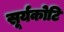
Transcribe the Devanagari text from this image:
सूर्यकोटि